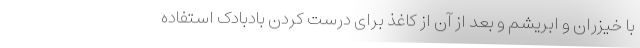
با خیزران و ابریشم و بعد از آن از کاغذ برای درست کردن بادبادک استفاده